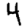
Digit: 4